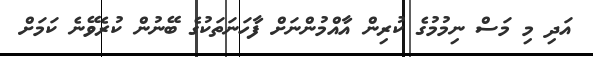
އަދި މި މަސް ނިމުމުގެ ކުރިން އާއްމުންނަށް ފާހަނަތަކުގެ ބޭނުން ކުރެވޭނެ ކަމަށް